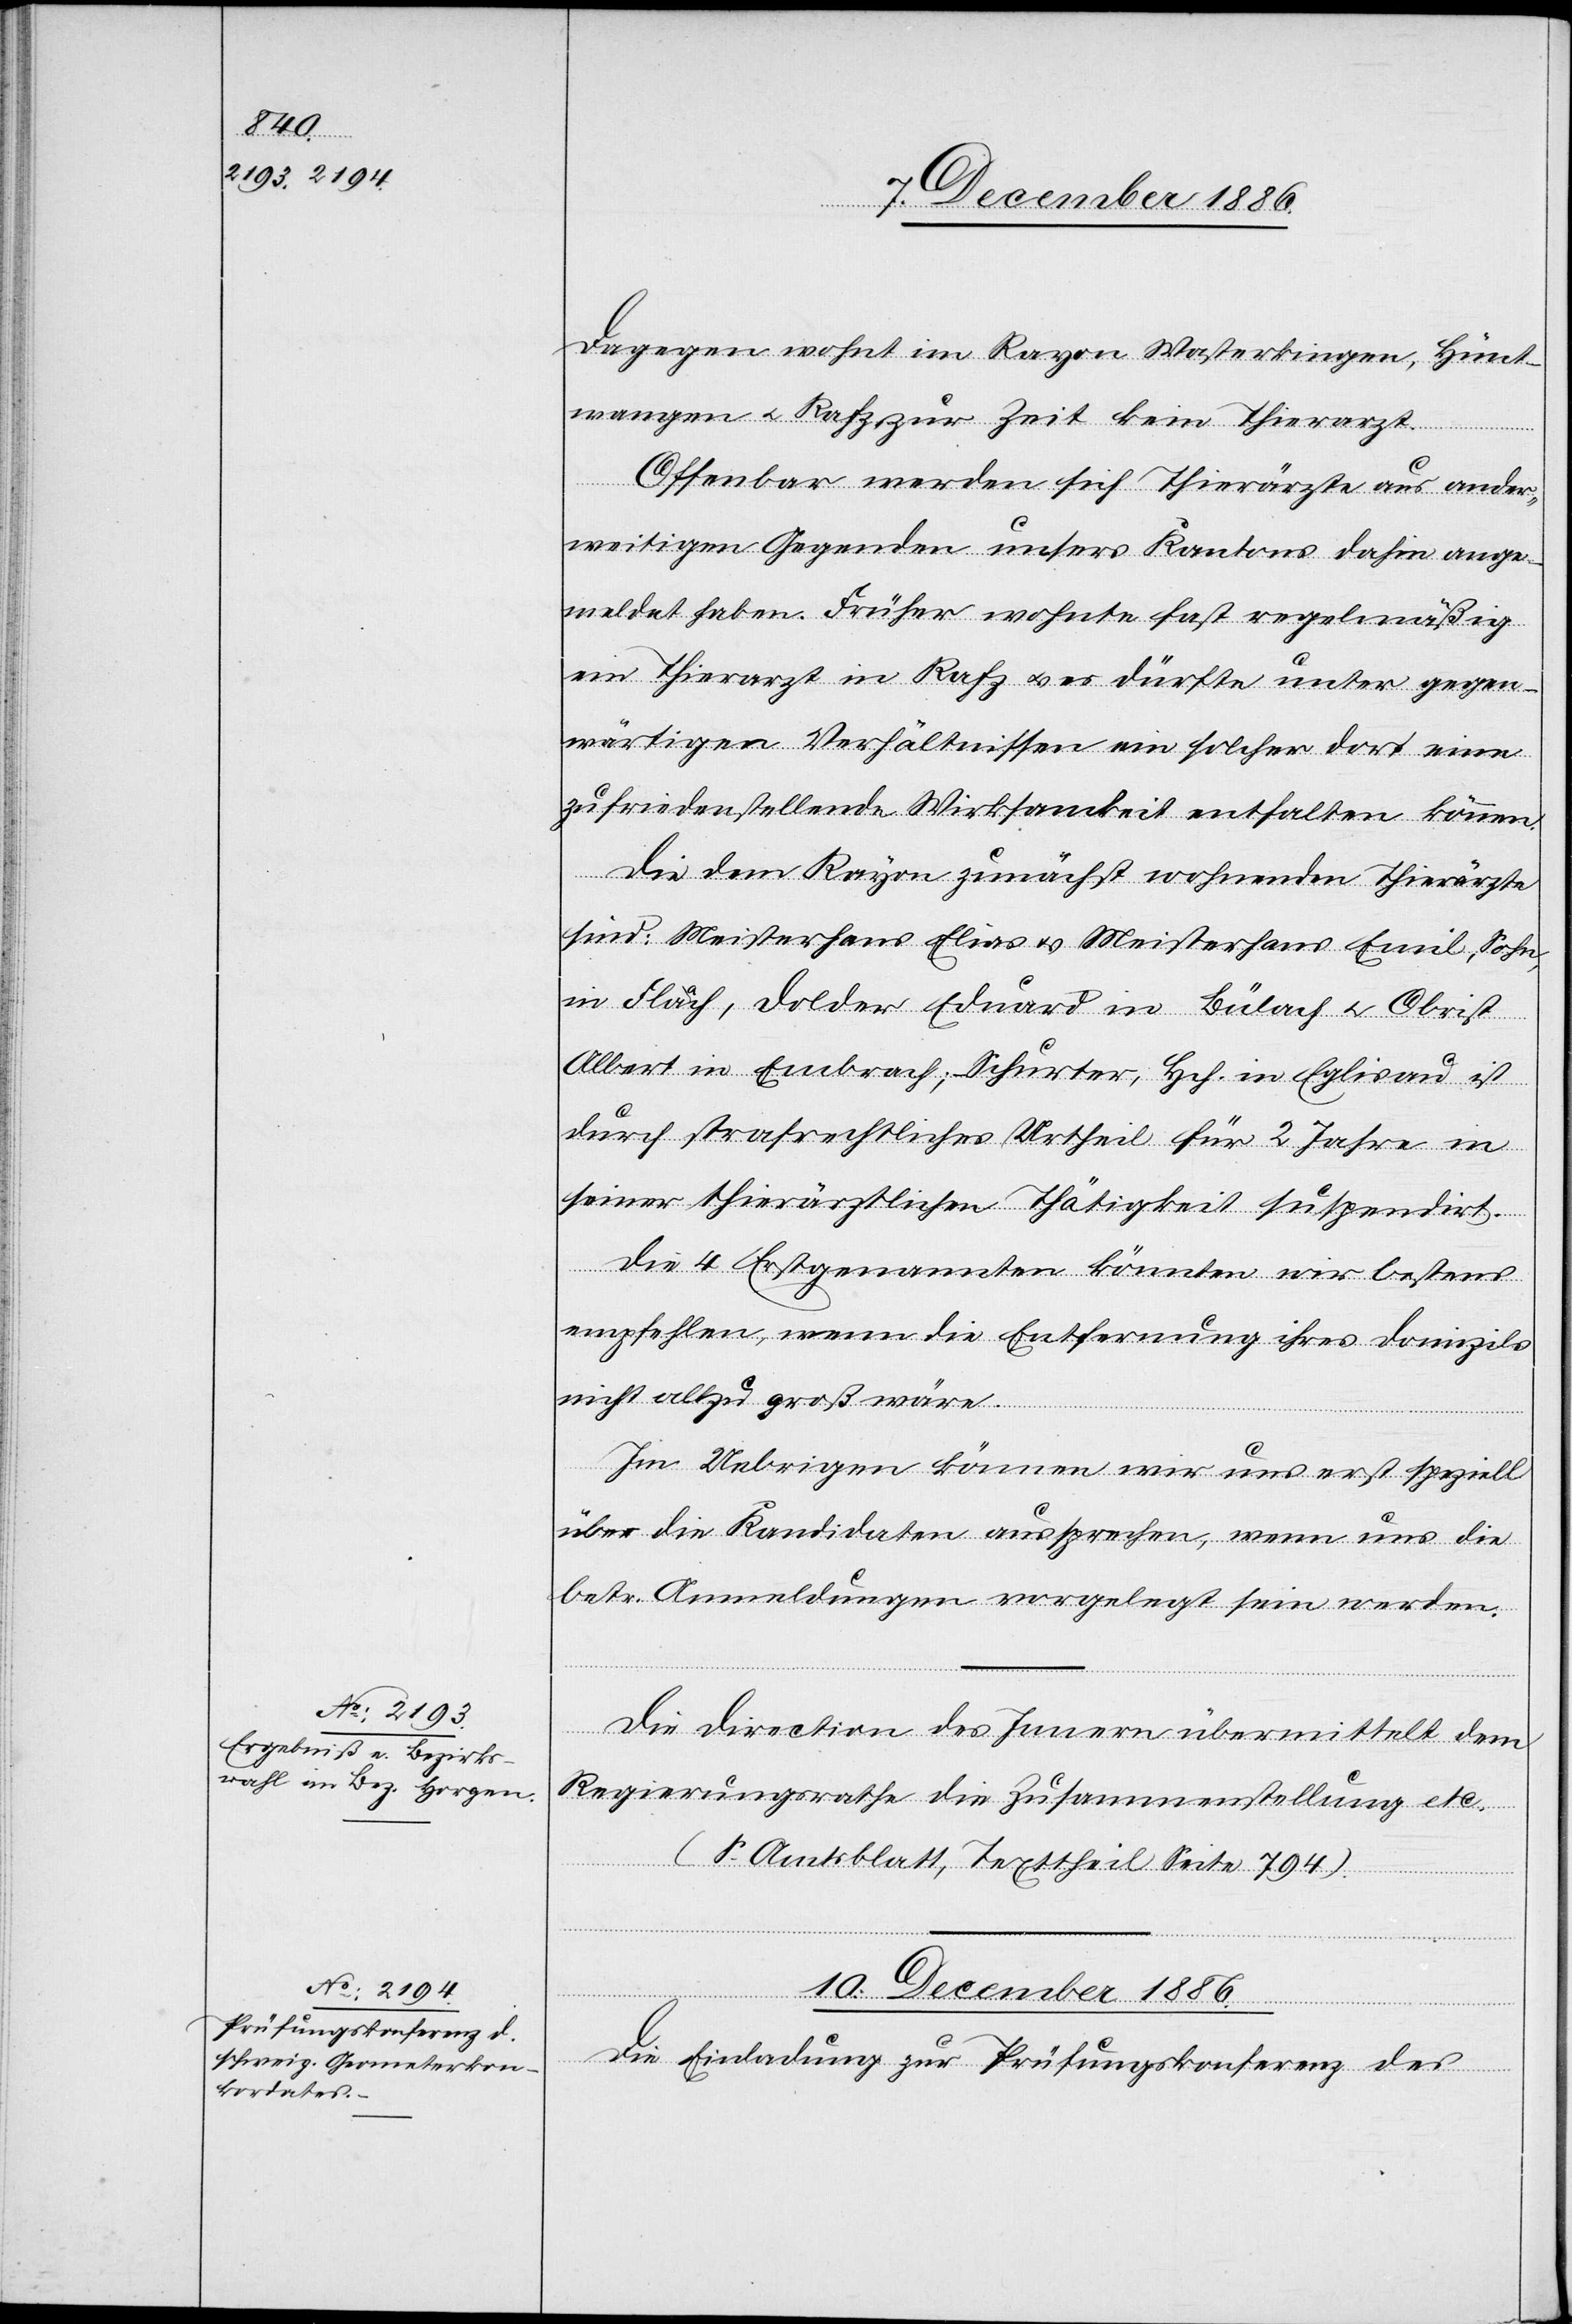
10. December 1886.
Dagegen wohnt im Rayon Wasterkingen, Hünt¬
wangen & Rafz zur Zeit kein Thierarzt.
Offenbar werden sich Thierärzte aus ander¬
weitigen Gegenden unsers Kantons dahin ange¬
meldet haben. Früher wohnte fast regelmäßig
ein Thierarzt in Rafz & es dürfte unter gegen¬
wärtigen Verhältnissen ein solcher dort eine
zufriedenstellende Wirksamkeit entfalten können.
Die dem Rayon zunächst wohnenden Thierärzte
sind: Meisterhans Elias & Meisterhans Emil, Sohn,
in Flaach, Dolder Eduard in Bülach & Obrist
Albert in Embrach; Schurter, Hch. in Eglisau ist
durch strafrechtliches Urtheil für 2 Jahre in
seiner thierärztlichen Thätigkeit suspendirt.
Die 4 Erstgenannten könnten wir bestens
empfehlen, wenn die Entfernung ihres Domizils
nicht allzu groß wäre.
Im Uebrigen können wir uns erst speziell
über die Kandidaten aussprechen, wenn uns die
betr. Anmeldungen vorgelegt sein werden.
Die Direction des Innern übermittelt dem
Regierungsrathe die Zusammenstellung etc.
(S. Amtsblatt, Texttheil Seite 794).
Die Einladung zur Prüfungskonferenz des